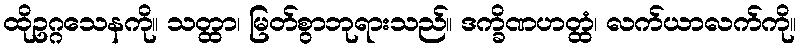
ထိုဥဂ္ဂသေနကို။ သတ္ထာ၊ မြတ်စွာဘုရားသည်။ ဒက္ခိဏဟတ္ထံ၊ လက်ယာလက်ကို။